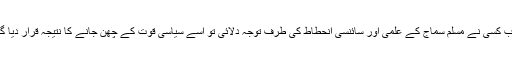
جب کسی نے مسلم سماج کے علمی اور سائنسی انحطاط کی طرف توجہ دلائی تو اسے سیاسی قوت کے چھن جانے کا نتیجہ قرار دیا گیا۔